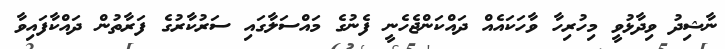
ނާޝިދު ވިދާޅުވީ މިހުރިހާ ވާހަކައެއް ދައްކަންޖެހެނީ ފެނުގެ މައްސަލާގައި ސަރުކާރުގެ ފަރާތުން ދައްކާފައިވާ